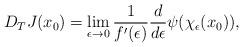
LaTeX: \begin{align*} D_TJ(x_0)=\lim_{\epsilon\rightarrow 0}\frac{1}{f'(\epsilon)}\frac{d}{d\epsilon}\psi(\chi_\epsilon(x_0)), \end{align*}